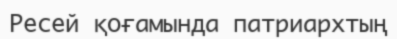
Ресей қоғамында патриархтың